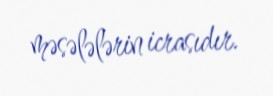
məsələlərin icrasıdır.